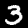
Digit: 3